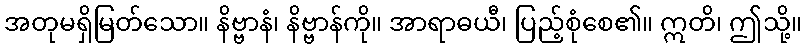
အတုမရှိမြတ်သော။ နိဗ္ဗာနံ၊ နိဗ္ဗာန်ကို။ အာရာဓယီ၊ ပြည့်စုံစေ၏။ ဣတိ၊ ဤသို့။